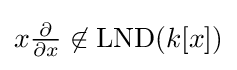
x{\tfrac {\partial }{\partial x}}\not \in \operatorname {LND} (k[x])